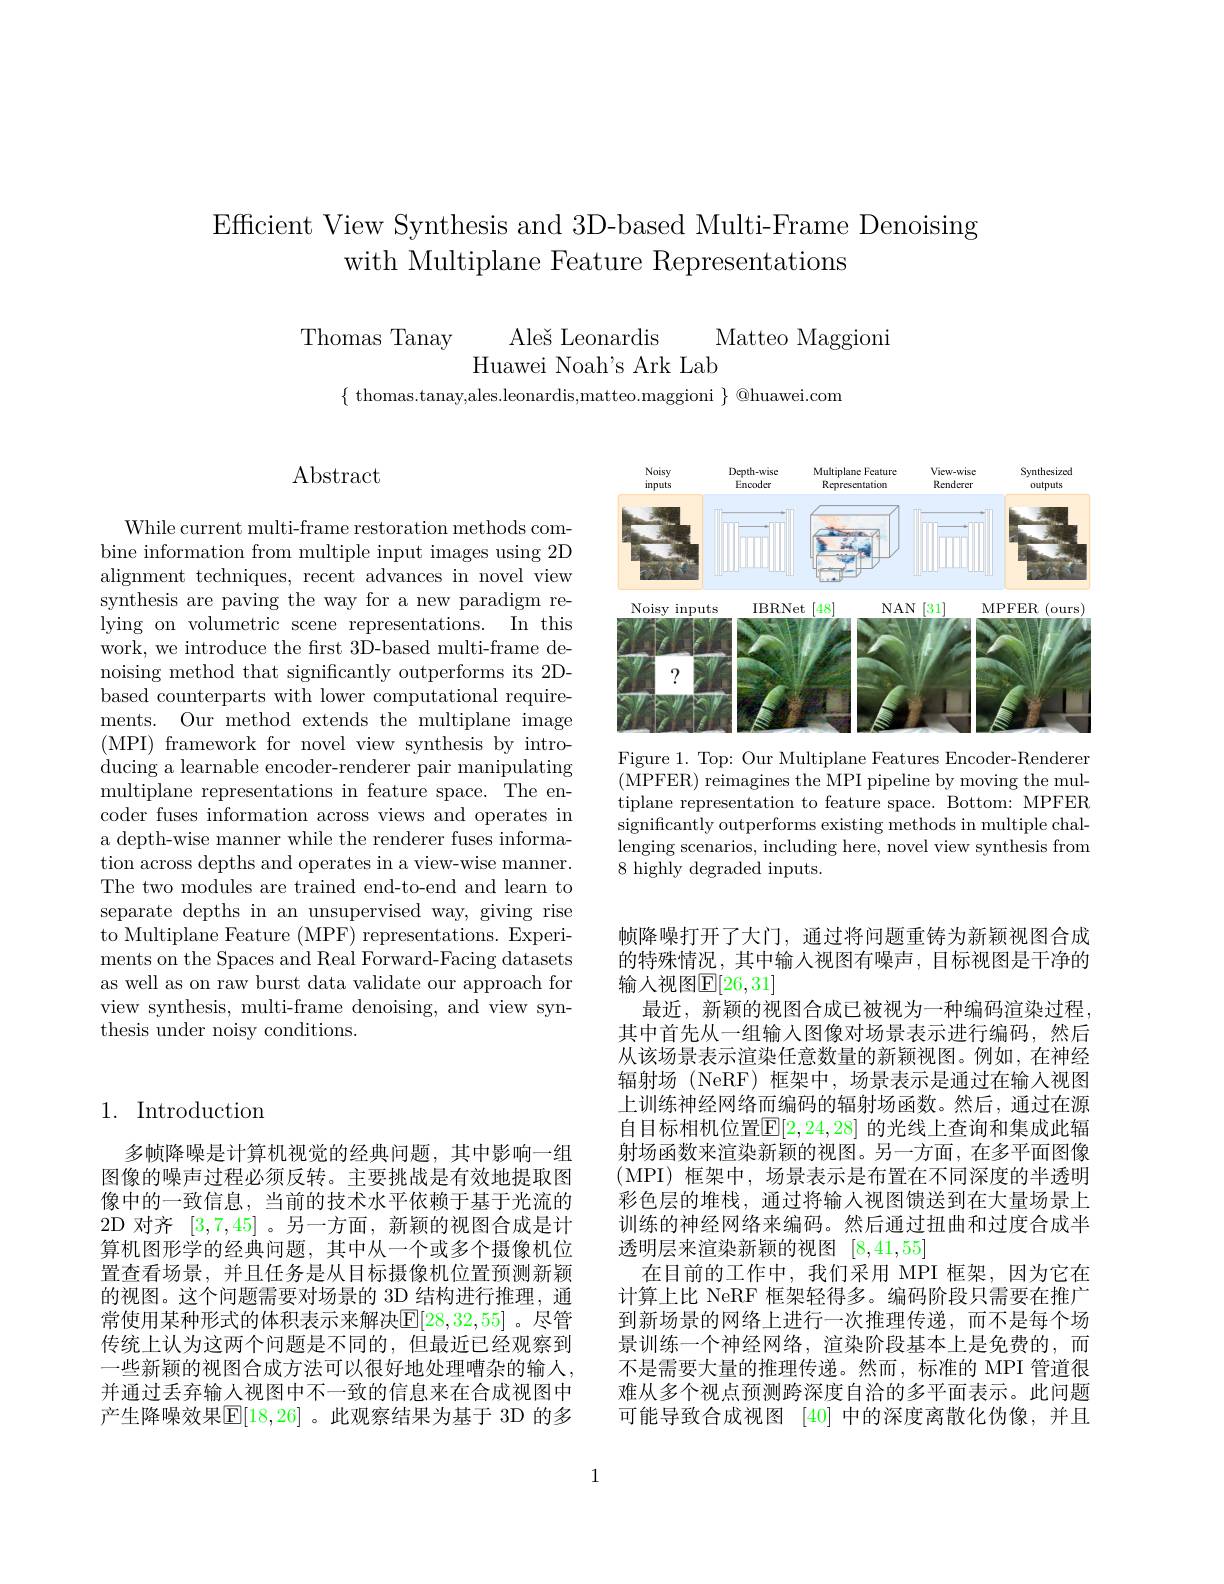
Efficient View Synthesis and 3D-based Multi-Frame Denoising
with Multiplane Feature Representations

$\begin{array}{cc}{\mathrm{Thomas~Tanay}}&{\mathrm{Ale\v{s}Leonardis}}\\{\mathrm{Huawei~Noah's~Ark~Lab}}\end{array}$Matteo Maggioni

$\{\begin{array}{c}{\mathrm{thomas.tanay,ales.leonardis,matteo.maggioni~}}\\\end{array}\}\begin{array}{c}{\textcircled{\mathrm{Qhuawei.com}}}\end{array}$

## $\operatorname{Abstract}$

While current multi-frame restoration methods combine information from multiple input images using 2D alignment techniques, recent advances in novel view synthesis are paving the way for a new paradigm relying on volumetric scene representations. In this work, we introduce the first 3D-based multi-frame denoising method that significantly outperforms its 2Dbased counterparts with lower computational requirements. Our method extends the multiplane image (MPI) framework for novel view synthesis by intro- ducing a learnable encoder-renderer pair manipulating multiplane representations in feature space. The encoder fuses information across views and operates in a depth-wise manner while the renderer fuses information across depths and operates in a view-wise manner. The two modules are trained end-to-end and learn to separate depths in an unsupervised way, giving rise to Multiplane Feature (MPF) representations. Experiments on the Spaces and Real Forward-Facing datasets as well as on raw burst data validate our approach for view synthesis, multi-frame denoising, and view synthesis under noisy conditions.

## 1. Introduction

多帧降噪是计算机视觉的经典问题，其中影响一组图像的噪声过程必须反转。主要挑战是有效地提取图像中的一致信息，当前的技术水平依赖于基于光流的2D 对齐[3,7,45] 。另一方面，新颖的视图合成是计算机图形学的经典问题，其中从一个或多个摄像机位置查看场景，并且任务是从目标摄像机位置预测新颖的视图。这个问题需要对场景的 3D 结构进行推理，通常使用某种形式的体积表示来解决$\mathbb{E}[28,32,55]$ 。尽管传统上认为这两个问题是不同的，但最近已经观察到一些新颖的视图合成方法可以很好地处理嘈杂的输人， 并通过丢弃输人视图中不一致的信息来在合成视图中产生降噪效果$\mathbb{E}[18,26]$ 。此观察结果为基于 3D 的多

<FigureHere>

Figure 1. Top: Our Multiplane Features Encoder-Renderer (MPFER) reimagines the MPI pipeline by moving the multiplane representation to feature space. Bottom: MPFER significantly outperforms existing methods in multiple challenging scenarios, including here, novel view synthesis from 8 highly degraded inputs.

帧降噪打开了大门，通过将问题重铸为新颖视图合成的特殊情况，其中输入视图有噪声，目标视图是干净的输人视图E[26,31]
最近，新颖的视图合成已被视为一种编码渲染过程， 其中首先从一组输入图像对场景表示进行编码，然后从该场景表示渲染任意数量的新颖视图。例如，在神经辐射场 (NeRF) 框架中，场景表示是通过在输入视图上训练神经网络而编码的辐射场函数。然后，通过在源自目标相机位置$\overline{\mathbb{F}}[2,24,28]$ 的光线上查询和集成此辐射场函数来渲染新颖的视图。另一方面，在多平面图像(MPI)框架中，场景表示是布置在不同深度的半透明彩色层的堆栈，通过将输人视图馈送到在大量场景上训练的神经网络来编码。然后通过扭曲和过度合成半透明层来渲染新颖的视图[8,41,55]
在目前的工作中，我们采用 MPI 框架，因为它在计算上比 NeRF 框架轻得多。编码阶段只需要在推广到新场景的网络上进行一次推理传递，而不是每个场景训练一个神经网络，渲染阶段基本上是免费的，而不是需要大量的推理传递。然而，标准的 MPI 管道很难从多个视点预测跨深度自治的多平面表示。此问题可能导致合成视图[40]中的深度离散化伪像，并且

1